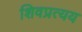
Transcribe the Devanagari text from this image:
शिवप्रत्यय